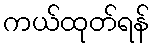
ကယ်ထုတ်ရန်